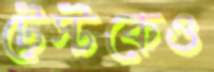
টেস্টকেও